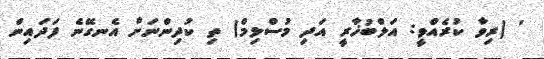
' (ރިވާ ކުރެއްވީ: އަލްބުޚާރީ އަދި މުސްލިމް) ތި ކުދިންނަށް އެނގޭނެ ފަދައިން